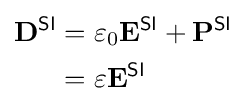
{\begin{aligned}\mathbf {D} ^{\textsf {SI}}&=\varepsilon _{0}\mathbf {E} ^{\textsf {SI}}+\mathbf {P} ^{\textsf {SI}}\\&=\varepsilon \mathbf {E} ^{\textsf {SI}}\end{aligned}}